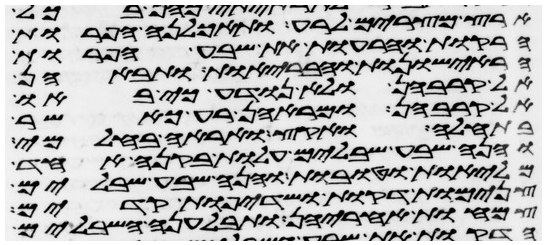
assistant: ארץ מצרים לרע ותאכלנה הפרות
הרקות והרעות את שבע הפרות
הראישונות והבריות ותבאנה
אל קרבהן ולא נודע כי באו
אל קרבהן ומראהן רע כאשר
בתחלה ואקץ ואראה בחלמי
והנה שבע שבלים עלות בקנה אחד
מליות וטובות והנה שבע שבלים
צנמות דקות ושדיפות קדים
צמחות אחריהן ותבלענה השבלים